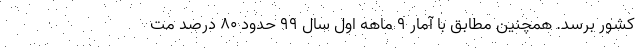
کشور برسد. همچنین مطابق با آمار ۹ ماهه اول سال ۹۹ حدود ۸۰ درصد مت